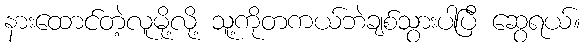
နားထောင်တဲ့လူမို့လို့ သူ့ကိုတကယ်ဘဲချစ်သွားပါပြီ ဆွေရယ်။